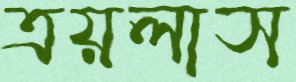
ত্রয়লাস